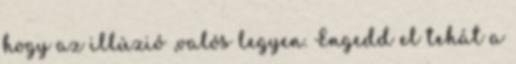
hogy az illúzió ,valós legyen. Engedd el tehát a